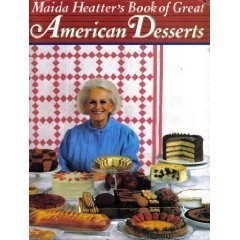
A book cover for Maida Heatter's Book of Great American Desserts; Maida Heatter; Cookbooks, Food & Wine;